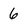
Character: 6